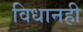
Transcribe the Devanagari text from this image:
विधानही